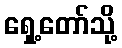
ရှေ့တော်သို့